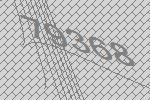
79368